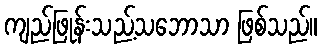
ကျည်ဖြုန်းသည့်သဘောသာ ဖြစ်သည်။